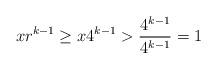
LaTeX: \begin{align*}x r^{k-1} \geq x 4^{k-1} > \frac{4^{k-1}}{4^{k-1}} = 1\end{align*}